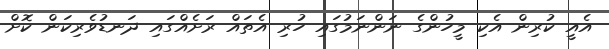
އެއީ ކުރިން އެކި މީހުންގެ ނަންނަމުގައި ހުރި އެތައް ރަށެއްގައި ދަނޑުވެރިކަން ކޮށް